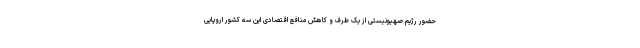
حضور رژیم صهیونیستی از یک طرف و کاهش منافع اقتصادی این سه کشور اروپایی